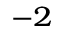
^ { - 2 }